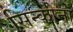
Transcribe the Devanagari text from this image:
सिन्कोना